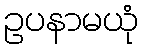
ဥပနာမယုံ